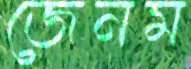
জেনম